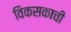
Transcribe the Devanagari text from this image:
विकसकाची